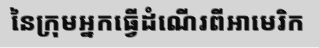
នៃក្រុមអ្នកធ្វើដំណើរពីអាមេរិក